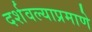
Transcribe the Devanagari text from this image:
दर्शवल्याप्रमाणे